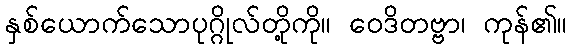
နှစ်ယောက်သောပုဂ္ဂိုလ်တို့ကို။ ဝေဒိတဗ္ဗာ၊ ကုန်၏။